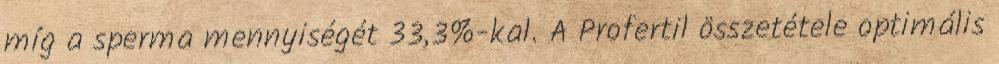
míg a sperma mennyiségét 33,3%-kal. A Profertil összetétele optimális